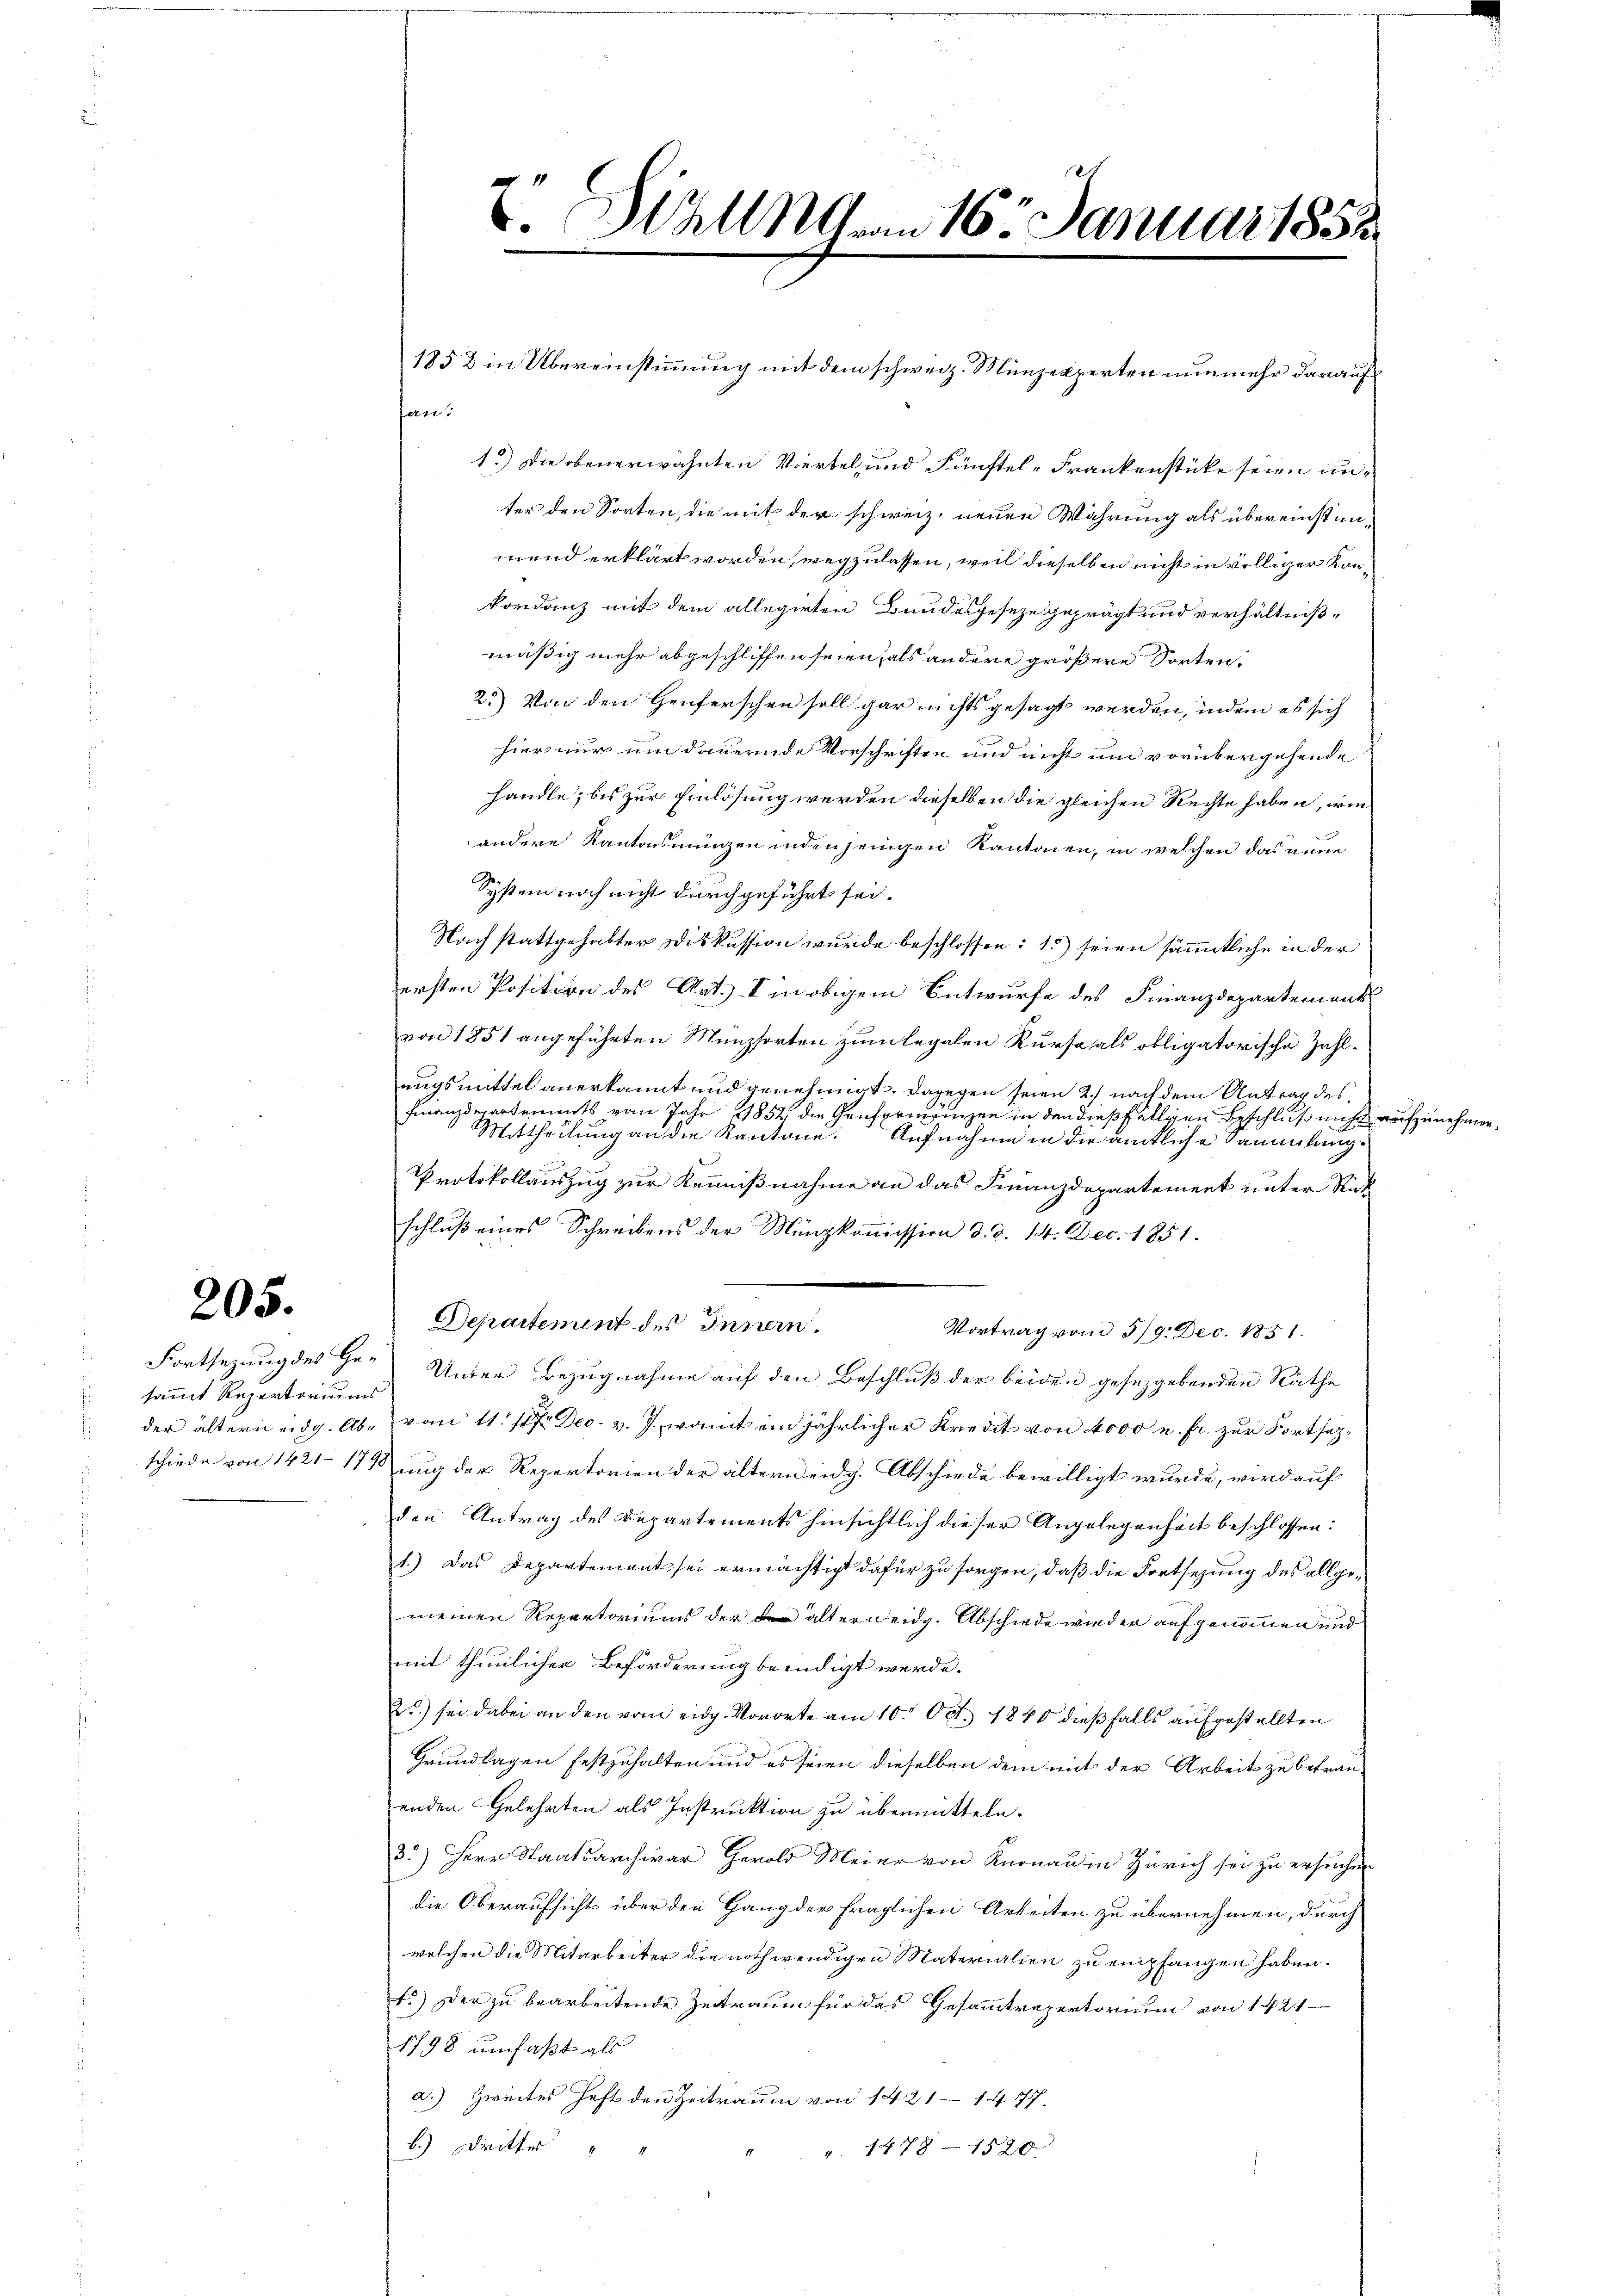
205.

sammt Repertoriums

1852 in Übereinstimmung mit dem schweiz. Münzexperten nunmehr darauf
an.
1.) Die obenerwähnten Viertel und Fünftel-Frankenstücke seien unter den Sorten, die mit der schweiz. neuen Wahrung als übereinstimmend erklärt worden, wegzulassen, weil dieselben nicht in völliger Konkordanz mit dem allegirten Bundesgeseze geprägt und verhältnißmäßig mehr abgeschliffen seien, als andere größere Sorten¬
2.) Von den Genferschen soll gar nichts gesagt werden, indem es sich
hier nur um dauernde Vorschriften und nicht um vorübergehende
handle, bis zur Einlösung werden dieselben die gleichen Rechte haben, wie
andere Kantonsmünzen indenjenigen Kantonen, in welchen das neue
System noch nicht durchgeführt sei.
Nach stattgehabter Diskussion wurde beschlossen: 1.) seien sämmtliche in der
ersten Position des Art. I in obigem Entwurfe des Finanzdepartement
von 1851 angeführten Münzsorten zum legalen Kurse als obligatorische Zahluugsmittel anerkannt und genehmigt. Dagegen seien 2. nach dem Antrag des
Finanzderartements vom Jahr 1852 die Genformangen in den dießfälligen Beschluß nicht aufzunehmen.
ee eine herung an die Kantone. Aufnahme in die ämtliche Sammlung¬
Protokollauszug zur Kennnißnahme an das Finanzdepartement unter Richschluß eines Schreibens der Münzkommission d. d. 14. Dec. 1851.
Departement des Innern.
Vortrag vom 5/9. Dec. 1851.
Fortsezung des Ge- Unter Bezugnahme auf den Beschluß der beiden gesetzgebenden Räthe
der ältern eidg. Ab- vom 11. 147. Dec. v. J., womit ein jährlicher Kredit von 4000 u. fr. zur Fortsetschiede von 1421–171ung der Repertorien der ältern eidg. Abschiede bewilligt wurde, wird auf
den Antrag des Departements hinsichtlich dieser Angelegenheit beschlossen:
1.) Das Departement sei ermächtigt dafür zu sorgen, daß die Fortsezung des allgemeinen Repertoriums der der älter eidg. Abschiede wieder aufgenommen und
mit thunlicher Beförderung beendigt werde.
2) sei dabei an den vom eidg. Vororte am 10. Oct. 1840 dießfalls aufgestellten
Grundlagen festzuhalten und es seien dieselben dem mit der Arbeit zu betrauenden Gelehrten als Instruktion zu übermitteln.
3.) Herr Staatsarchivar Herold Meier von Knonau in Zürich sei zu ersuchen
die Oberaufsicht über den Gang der fraglichen Arbeiten zu übernehmen, durch
welchen die Mitarbeiter die nothwendigen Naterialien zu empfangen haben.
t.) Der zu bearbeitende Zeitraum für das Gesammtrepertorium von 1421
1798 umfaßt als
a.) Zweites Heft den Zeitraum von 1421 - 1477.
b.) Dritter
4. 148 - 1891

V. Stall am 16. Januar 1858